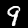
Label: 9